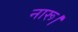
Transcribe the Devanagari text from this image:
नारू।